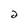
Character: 2